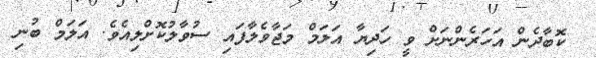
ކޮބާދެން އަހަރެންނަށް ވީ ހަދިޔާ އަލަމް މަޖާވެލާފައި ސުވާލުކޮށްލިއެވެ. އަލަމް ބުނި